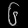
Digit: ၆